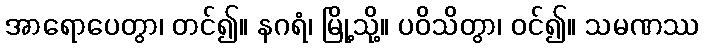
အာရောပေတွာ၊ တင်၍။ နဂရံ၊ မြို့သို့။ ပဝိသိတွာ၊ ဝင်၍။ သမဏဿ